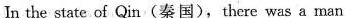
In the state of Qin(秦国)，there was a man